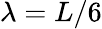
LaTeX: \lambda=L/6